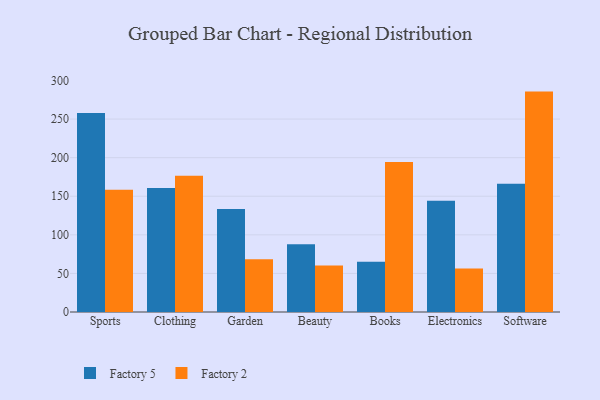
{"axis": {"x": "Category", "y": "Bounce Rate (%)"}, "legend": ["Factory 2", "Factory 5"], "data": [{"x": "Sports", "y": 257.9, "type": "Factory 5"}, {"x": "Sports", "y": 158.3, "type": "Factory 2"}, {"x": "Clothing", "y": 160.7, "type": "Factory 5"}, {"x": "Clothing", "y": 176.4, "type": "Factory 2"}, {"x": "Garden", "y": 133.4, "type": "Factory 5"}, {"x": "Garden", "y": 68.3, "type": "Factory 2"}, {"x": "Beauty", "y": 87.7, "type": "Factory 5"}, {"x": "Beauty", "y": 60.2, "type": "Factory 2"}, {"x": "Books", "y": 65.0, "type": "Factory 5"}, {"x": "Books", "y": 194.5, "type": "Factory 2"}, {"x": "Electronics", "y": 144.0, "type": "Factory 5"}, {"x": "Electronics", "y": 56.3, "type": "Factory 2"}, {"x": "Software", "y": 166.3, "type": "Factory 5"}, {"x": "Software", "y": 285.6, "type": "Factory 2"}]}